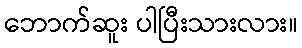
ဘောက်ဆူး ပါပြီးသားလား။